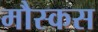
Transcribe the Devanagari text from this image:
मौस्कस